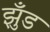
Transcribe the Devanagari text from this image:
झुँड